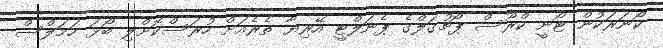
ކޯނަރަކުން ޓޯނީ ކްރޫސް ޕޯޗުގަލްގެ ޕެނަލްޓީ އޭރިޔާ ތެރެއަށް ހުރަސްކޮށްލި ބޯޅަ ހަމަލްސް